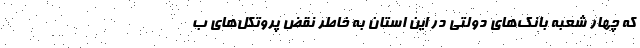
که چهار شعبه بانک‌های دولتی در این استان به خاطر نقض پروتکل‌های ب